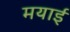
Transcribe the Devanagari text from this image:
मयाई